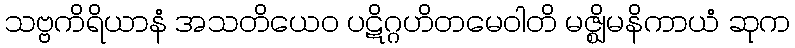
သဗ္ဗကိရိယာနံ အသတိယေဝ ပဋိဂ္ဂဟိတမေဝါတိ မဇ္ဈိမနိကာယံ ဆုက